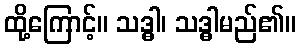
ထို့ကြောင့်။ သဒ္ဓါ၊ သဒ္ဓါမည်၏။